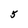
Character: 5